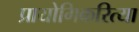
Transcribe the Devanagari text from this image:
प्रायोगिकरित्या